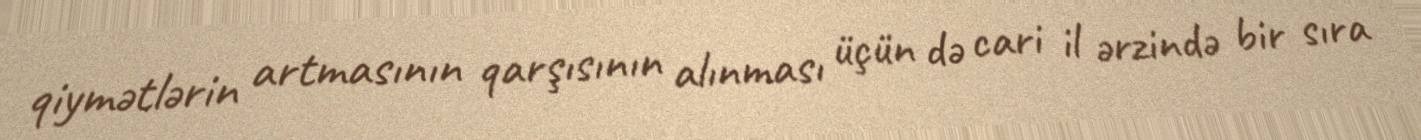
qiymətlərin artmasının qarşısının alınması üçün də cari il ərzində bir sıra